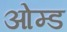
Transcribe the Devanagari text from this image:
ओम्ड